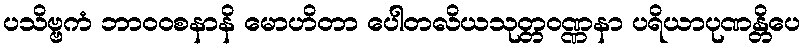
ပသိဗ္ဗကံ ဘာဝဝစနာနိ မောဟိတာ ပေါတလိယသုတ္တဝဏ္ဏနာ ပရိယာပုဏန္တိပေ